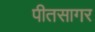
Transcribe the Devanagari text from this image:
पीतसागर